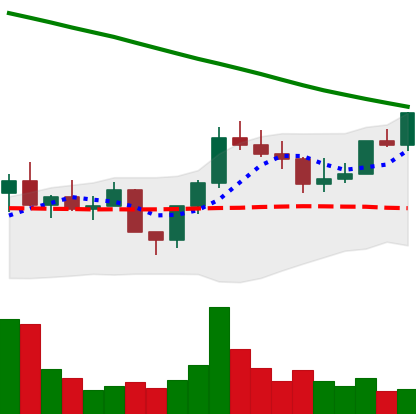
Ticker: LINK-USD
Chart end date: 2022-08-07
Forward return: 12.351%
Label: up_7plus